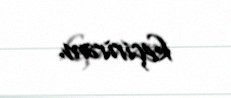
keçirirəm.